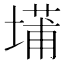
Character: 𫮝